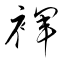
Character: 褌